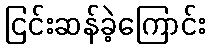
ငြင်းဆန်ခဲ့ကြောင်း